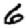
Digit: 6